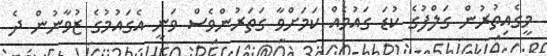
މީގެއިތުރުން ގަލްފުގެ ކުޑަ ގައުމެއް ކަމަށްވާ ގަތަރުންވެސް ވަނީ އެގައުމުގެ ޒުވާނުން ދެ